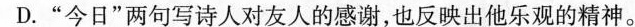
D.”今日”两句写诗人对友人的感谢，也反映出他乐观的精神。